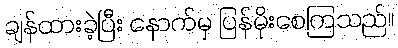
ချန်ထားခဲ့ပြီး နောက်မှ ပြန်မိုးစေကြသည်။